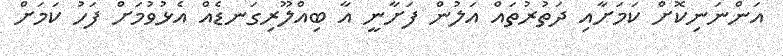
އަންނަނިކޮށް ކަމަށާއި ދަތުރުތައް އަލުން ފަށާނީ އާ ބިއްލޫރިގަނޑެއް އެޅުވުމަށް ފަހު ކަމަށް